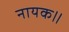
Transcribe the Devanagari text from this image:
नायक॥